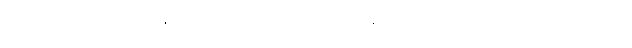
မဟာမြတ်မုနိဘုရားကြီး၏ ကြေးစည်တော်ကြီး ကြေးသွန်း သည်ကို လက်တွေ့လေ့လာကြသည်။